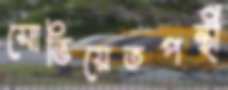
সোভিয়েতপন্থী